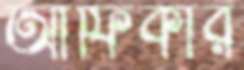
আফিকার